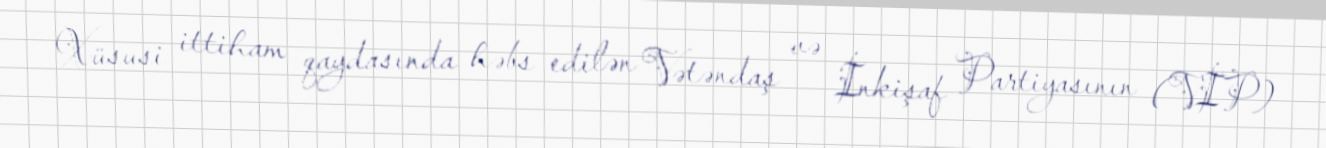
Xüsusi ittiham qaydasında həbs edilən Vətəndaş və İnkişaf Partiyasının (VİP)